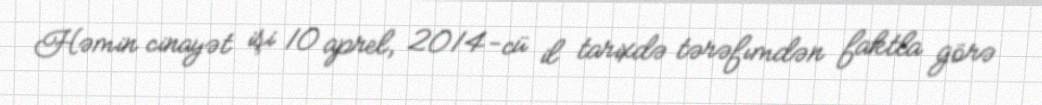
Həmin cinayət işi 10 aprel, 2014-cü il tarixdə tərəfımdən faktla görə